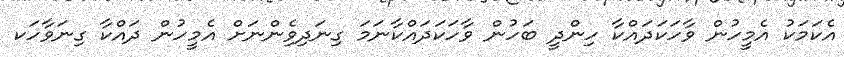
އެކަމަކު އެމީހުން ވާހަކަދައްކާ ހިންދީ ބަހުން ވާހަކަދައްކާނަމަ ގިނަދިވެިންނަށް އެމީހުން ދައްކާ ގިނަވާހަކ